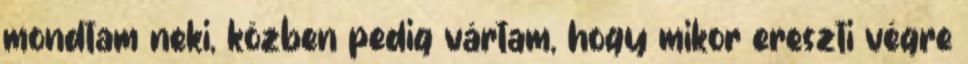
mondtam neki, közben pedig vártam, hogy mikor ereszti végre